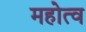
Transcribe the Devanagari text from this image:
महोत्व